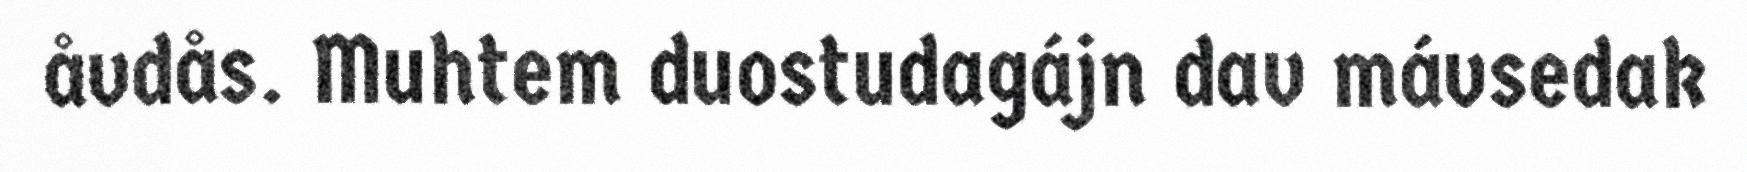
åvdås. Muhtem duostudagájn dav mávsedak